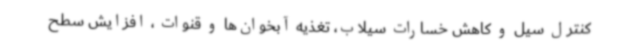
کنترل سیل و کاهش خسارات سیلاب، تغذیه آبخوان‌ها و قنوات ، افزایش سطح